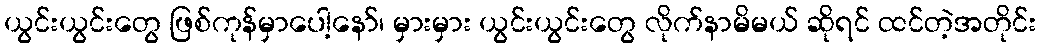
ယွင်းယွင်းတွေ ဖြစ်ကုန်မှာပေါ့နော်၊ မှားမှား ယွင်းယွင်းတွေ လိုက်နာမိမယ် ဆိုရင် ထင်တဲ့အတိုင်း